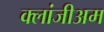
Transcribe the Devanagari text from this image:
क्लांजीअम